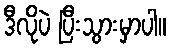
ဒီလိုပဲ ပြီးသွားမှာပါ။